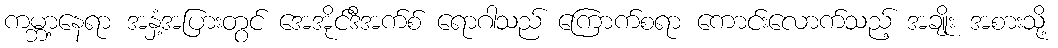
ကမ္ဘာ့နေရာ အနှံ့အပြားတွင် အေအိုင်ဒီအက်စ် ရောဂါသည် ကြောက်စရာ ကောင်းလောက်သည့် အချိုး အစားသို့